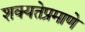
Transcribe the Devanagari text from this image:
शक्यतेप्रमाणे